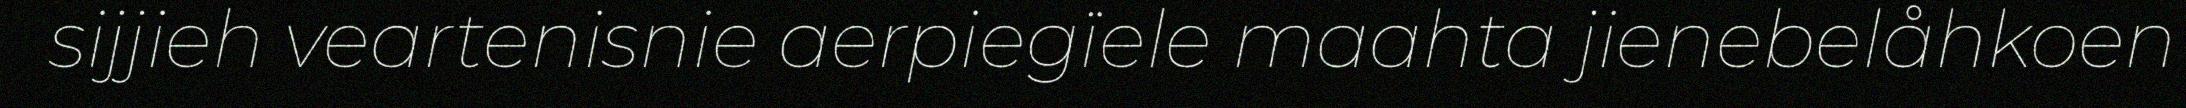
sijjieh veartenisnie aerpiegïele maahta jienebelåhkoen